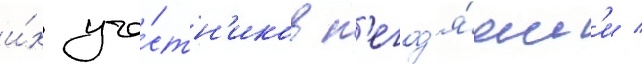
и́х уча́стн'иков н'егод'я́ям'и /